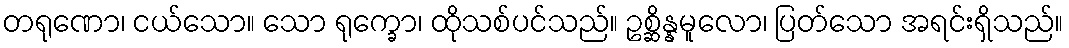
တရုဏော၊ ငယ်သော။ သော ရုက္ခော၊ ထိုသစ်ပင်သည်။ ဥစ္ဆိန္နမူလော၊ ပြတ်သော အရင်းရှိသည်။